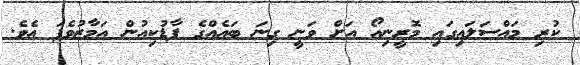
ކުރި މައްސަލައިގައި މޮރީނިއޯ އަށް ވަނީ ގިނަ ބައެއްގެ ފާޑުކިއުން އަމާޒުވެފަ އެވެ.